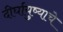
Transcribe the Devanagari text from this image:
दीर्घायुष्याचे